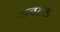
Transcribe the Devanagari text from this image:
डबल्ड